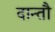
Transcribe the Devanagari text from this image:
दान्तौ